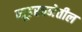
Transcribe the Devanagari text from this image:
व्यूहरचनेतील